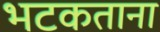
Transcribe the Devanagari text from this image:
भटकताना